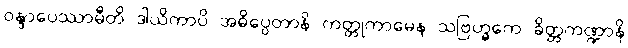
ဝန္ဒာပေဿာမီတိ ဒါယိကာပိ အဓိပ္ပေတာနိ ကတ္တုကာမေန သဗြဟ္မကေ ခိတ္တကဏ္ဍာနိ